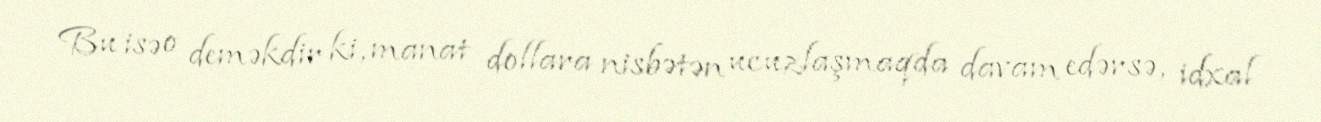
Bu isə o deməkdir ki, manat dollara nisbətən ucuzlaşmaqda davam edərsə, idxal